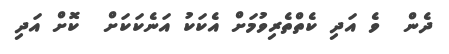
ދެން  ވެ އަދި ކެތްތެރިވުމަށް އެކަކު އަނެކަކަށް  ކޮށް އަދި